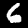
Label: 6